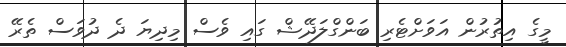
މީގެ އިތުރުން އަވަށްޓެރި ބަންގްލަދޭޝް ގައި ވެސް މިދިޔަ ދެ ދުވަސް ތެރޭ